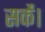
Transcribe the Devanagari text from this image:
सकेंं।